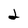
Character: 2